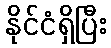
နိုင်ငံရှိပြီး